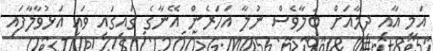
އަމީ އާއި ދިމާއަށް ބަލާވެސް ނުލާ އަހަރެން އޭނާގެ ގައިގައި ވައި އަޅުވާލާފައި